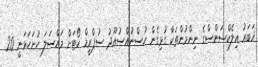
ޚަބަރު އިލެކްޝަންސްގެ ނިންމުންތަކާ ގުޅިގެން ހުސްނުއްސުއޫދު ސުޕްރީމް ކޯޓަށް މައްސަލަ ހުށަހަޅަނީ 20